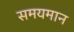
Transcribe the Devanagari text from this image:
समयमान